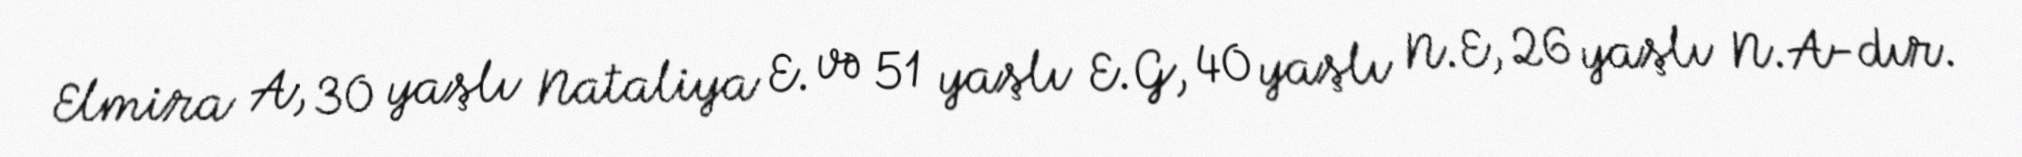
Elmira A, 30 yaşlı Nataliya E. və 51 yaşlı E.G, 40 yaşlı N.E, 26 yaşlı N.A-dır.